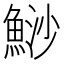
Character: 鯋